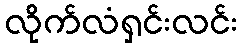
လိုက်လံရှင်းလင်း